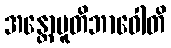
အန္တောပူတိဘာဝေါတိ